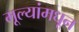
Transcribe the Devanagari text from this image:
मूल्‍यांमधून